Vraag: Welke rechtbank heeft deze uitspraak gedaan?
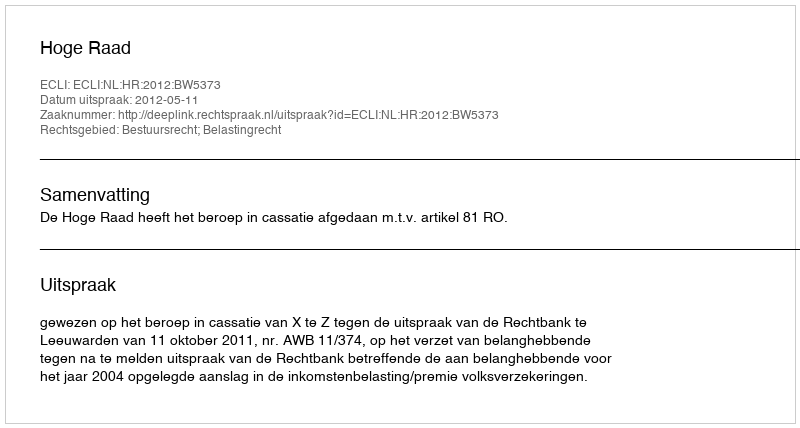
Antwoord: Hoge Raad